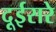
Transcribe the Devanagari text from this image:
दूईसरे